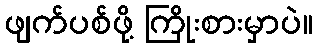
ဖျက်ပစ်ဖို့ ကြိုးစားမှာပဲ။